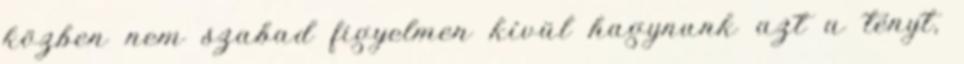
közben nem szabad figyelmen kívül hagynunk azt a tényt,